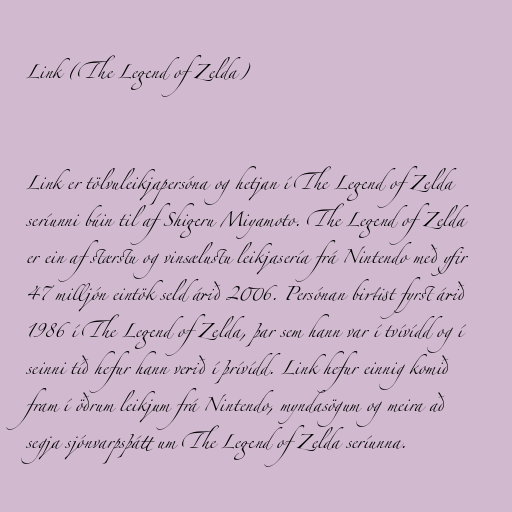
Link (The Legend of Zelda)

Link er tölvuleikjapersóna og hetjan í The Legend of Zelda
seríunni búin til af Shigeru Miyamoto. The Legend of Zelda
er ein af stærstu og vinsælustu leikjasería frá Nintendo með yfir
47 milljón eintök seld árið 2006. Persónan birtist fyrst árið
1986 í The Legend of Zelda, þar sem hann var í tvívídd og í
seinni tíð hefur hann verið í þrívídd. Link hefur einnig komið
fram í öðrum leikjum frá Nintendo, myndasögum og meira að
segja sjónvarpsþátt um The Legend of Zelda seríunna.